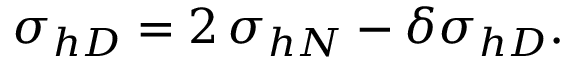
\sigma _ { h D } = 2 \, \sigma _ { h N } - \delta \sigma _ { h D } .